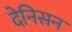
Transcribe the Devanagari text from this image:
देनिसन